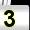
Digit: 3